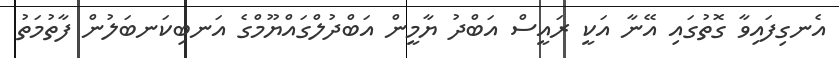
އެނގިފައިވާ ގޮތުގައި އޭނާ އަކީ ރައީސް އަބްދު ޔާމީން އަބްދުލްގައްޔޫމްގެ އަނބިކަނބަލުން ފާތުމަތު